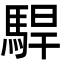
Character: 駻